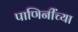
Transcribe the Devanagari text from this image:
पाणिनींच्या